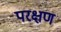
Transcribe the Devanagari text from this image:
परक्षण